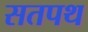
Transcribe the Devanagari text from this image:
सतपथ